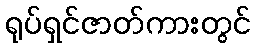
ရုပ်ရှင်ဇာတ်ကားတွင်